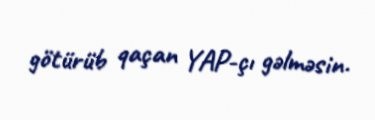
götürüb qaçan YAP-çı gəlməsin.